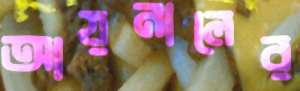
আয়নালের